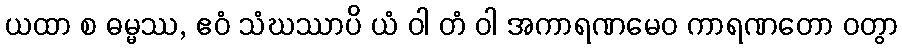
ယထာ စ ဓမ္မဿ, ဧဝံ သံဃဿာပိ ယံ ဝါ တံ ဝါ အကာရဏမေဝ ကာရဏတော ဝတွာ